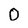
Character: 0